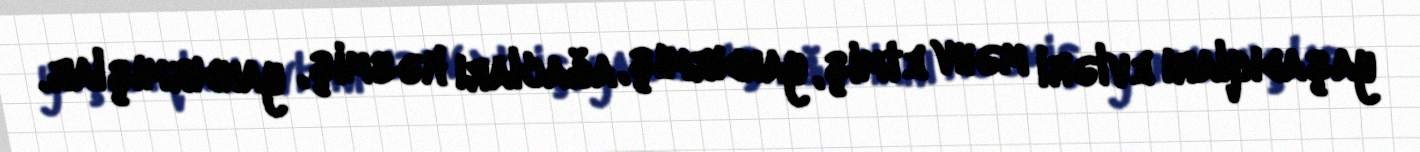
yaşadıqları evləri məhv etmiş, yandırmış, ağacları kəsmiş, yandırmışlar.